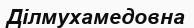
Ділмухамедовна